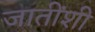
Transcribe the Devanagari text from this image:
जातींशी